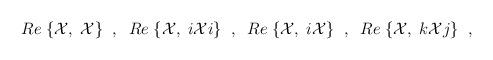
LaTeX: \begin{align*}Re \; \{{\cal X}, \; {\cal X} \} \; \; , \; \;Re \; \{{\cal X}, \; i{\cal X}i \} \; \; , \; \;Re \; \{{\cal X}, \; i{\cal X} \} \; \; , \; \;Re \; \{{\cal X}, \; k{\cal X}j \} \; \; ,\end{align*}